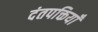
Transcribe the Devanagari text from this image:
दंतपक्तियाँ